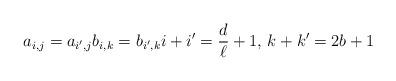
LaTeX: \begin{align*} a_{i,j}=a_{i',j}b_{i,k}=b_{i',k}i+i'=\frac{d}{\ell}+1,\,k+k'=2b+1 \end{align*}